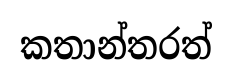
කතාන්තරත්